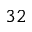
3 2